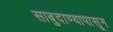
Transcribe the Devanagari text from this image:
साबुदाण्यापासून